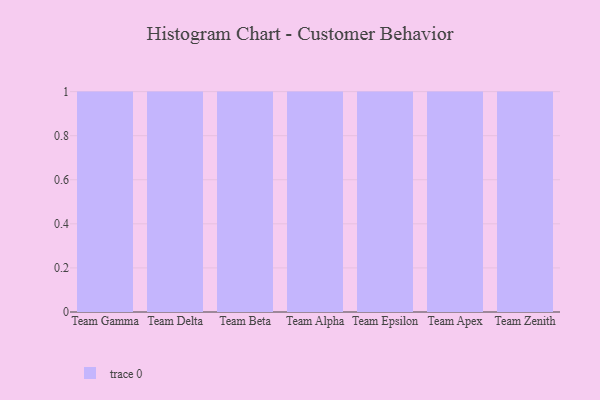
{"axis": {"x": "Team", "y": "Net Income (USD K)"}, "legend": [""], "data": [{"x": "Team Gamma", "y": 5, "type": ""}, {"x": "Team Delta", "y": 58, "type": ""}, {"x": "Team Beta", "y": 30, "type": ""}, {"x": "Team Alpha", "y": 89, "type": ""}, {"x": "Team Epsilon", "y": 45, "type": ""}, {"x": "Team Apex", "y": 57, "type": ""}, {"x": "Team Zenith", "y": 71, "type": ""}]}